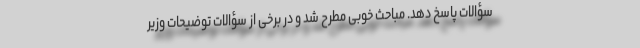
سؤالات پاسخ دهد. مباحث خوبی مطرح شد و در برخی از سؤالات توضیحات وزیر